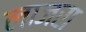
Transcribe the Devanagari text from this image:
लाजरा